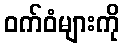
ဝက်ဝံများကို